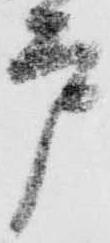
戸